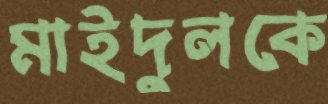
মাইদুলকে